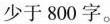
少于800字。